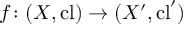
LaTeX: f \colon ( X , \mathrm { c l } ) \to ( X ^ { \prime } , \mathrm { c l } ^ { \prime } )